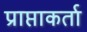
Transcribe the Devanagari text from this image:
प्राप्ताकर्ता